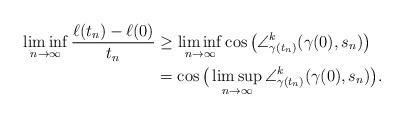
LaTeX: \begin{align*} \liminf_{n\to\infty} \frac{\ell(t_n) - \ell(0)}{t_n} & \geq \liminf_{n\to\infty} \cos\big( \angle^k_{\gamma(t_n)} (\gamma(0),s_n) \big) \\ & = \cos \big( \limsup_{n\to\infty} \angle^k_{\gamma(t_n)} (\gamma(0),s_n) \big) . \end{align*}